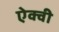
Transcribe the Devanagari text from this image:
ऐक्वी